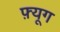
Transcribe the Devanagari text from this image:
फ़्यूग